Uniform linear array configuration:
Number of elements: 64
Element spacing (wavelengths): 0.5
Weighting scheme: exponential
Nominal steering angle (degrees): -15
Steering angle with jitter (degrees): -16.322
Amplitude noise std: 0.05
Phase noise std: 0.05

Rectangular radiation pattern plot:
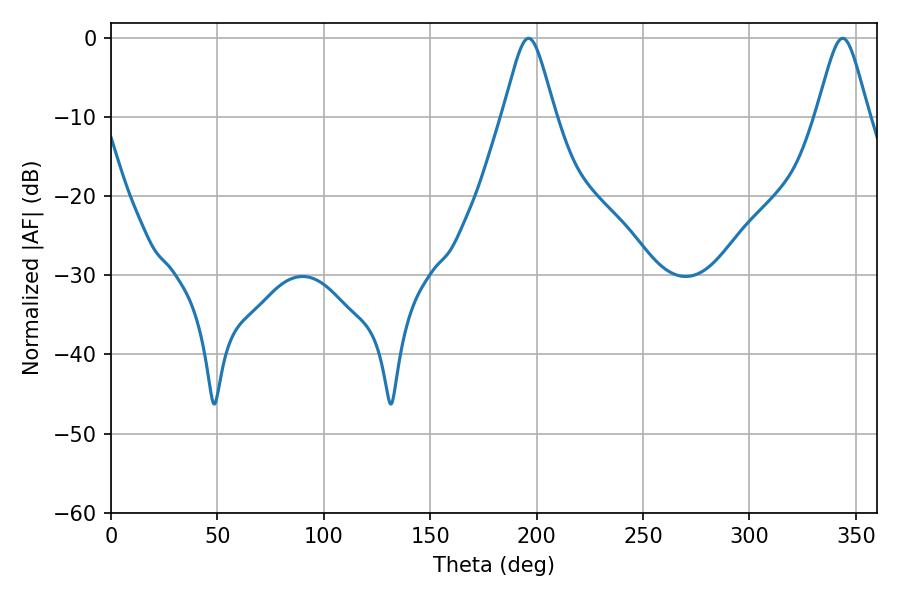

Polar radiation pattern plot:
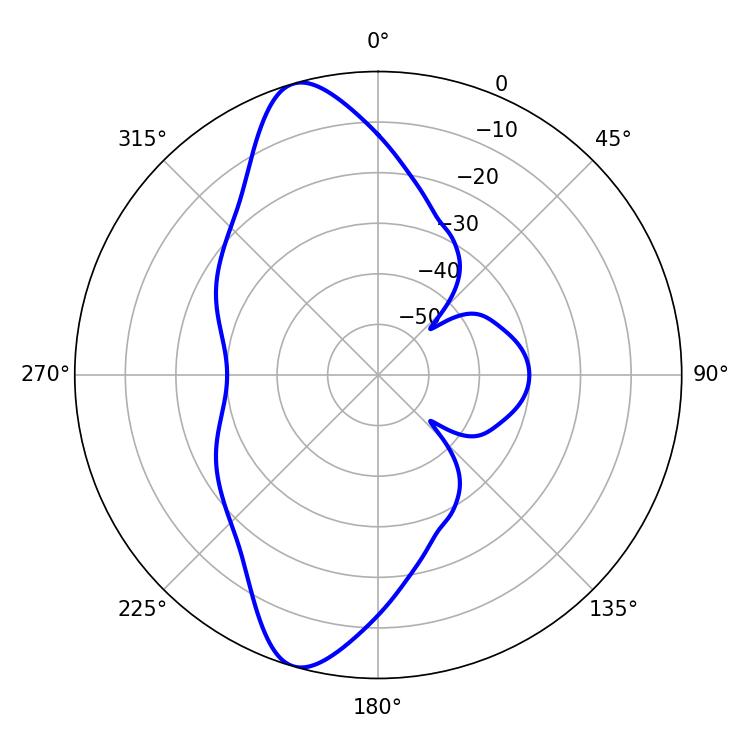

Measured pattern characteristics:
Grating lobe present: FALSE
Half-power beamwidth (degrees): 11.88
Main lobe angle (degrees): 196.2